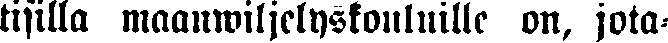
tisilla maanwiljelyskouluille on, jota-